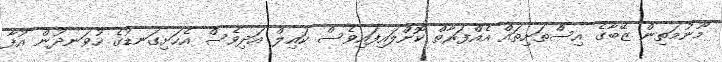
މޫނުމަތިން ޒޭބާގެ އިސްތަށިތައް އެއްފަރާތް ކޮށްލައިފައިވެސް ކައިލް އަދިވެސް އެހަށިގަނޑުގެ ހުވަނދުން އުފާ